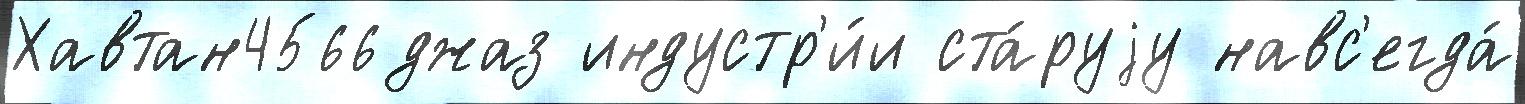
Хавтан4566джаз индустр'и́и ста́руjу навс'егда́